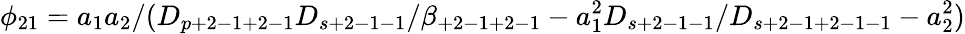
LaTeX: \phi_{21}=a_{1}a_{2}/(D_{p+2-1+2-1}D_{s+2-1-1}/\beta_{+2-1+2-1}-a_{1}^{2}D_{s+2-1-1}/D_{s+2-1+2-1-1}-a_{2}^{2})